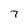
Character: 7